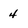
Character: 4